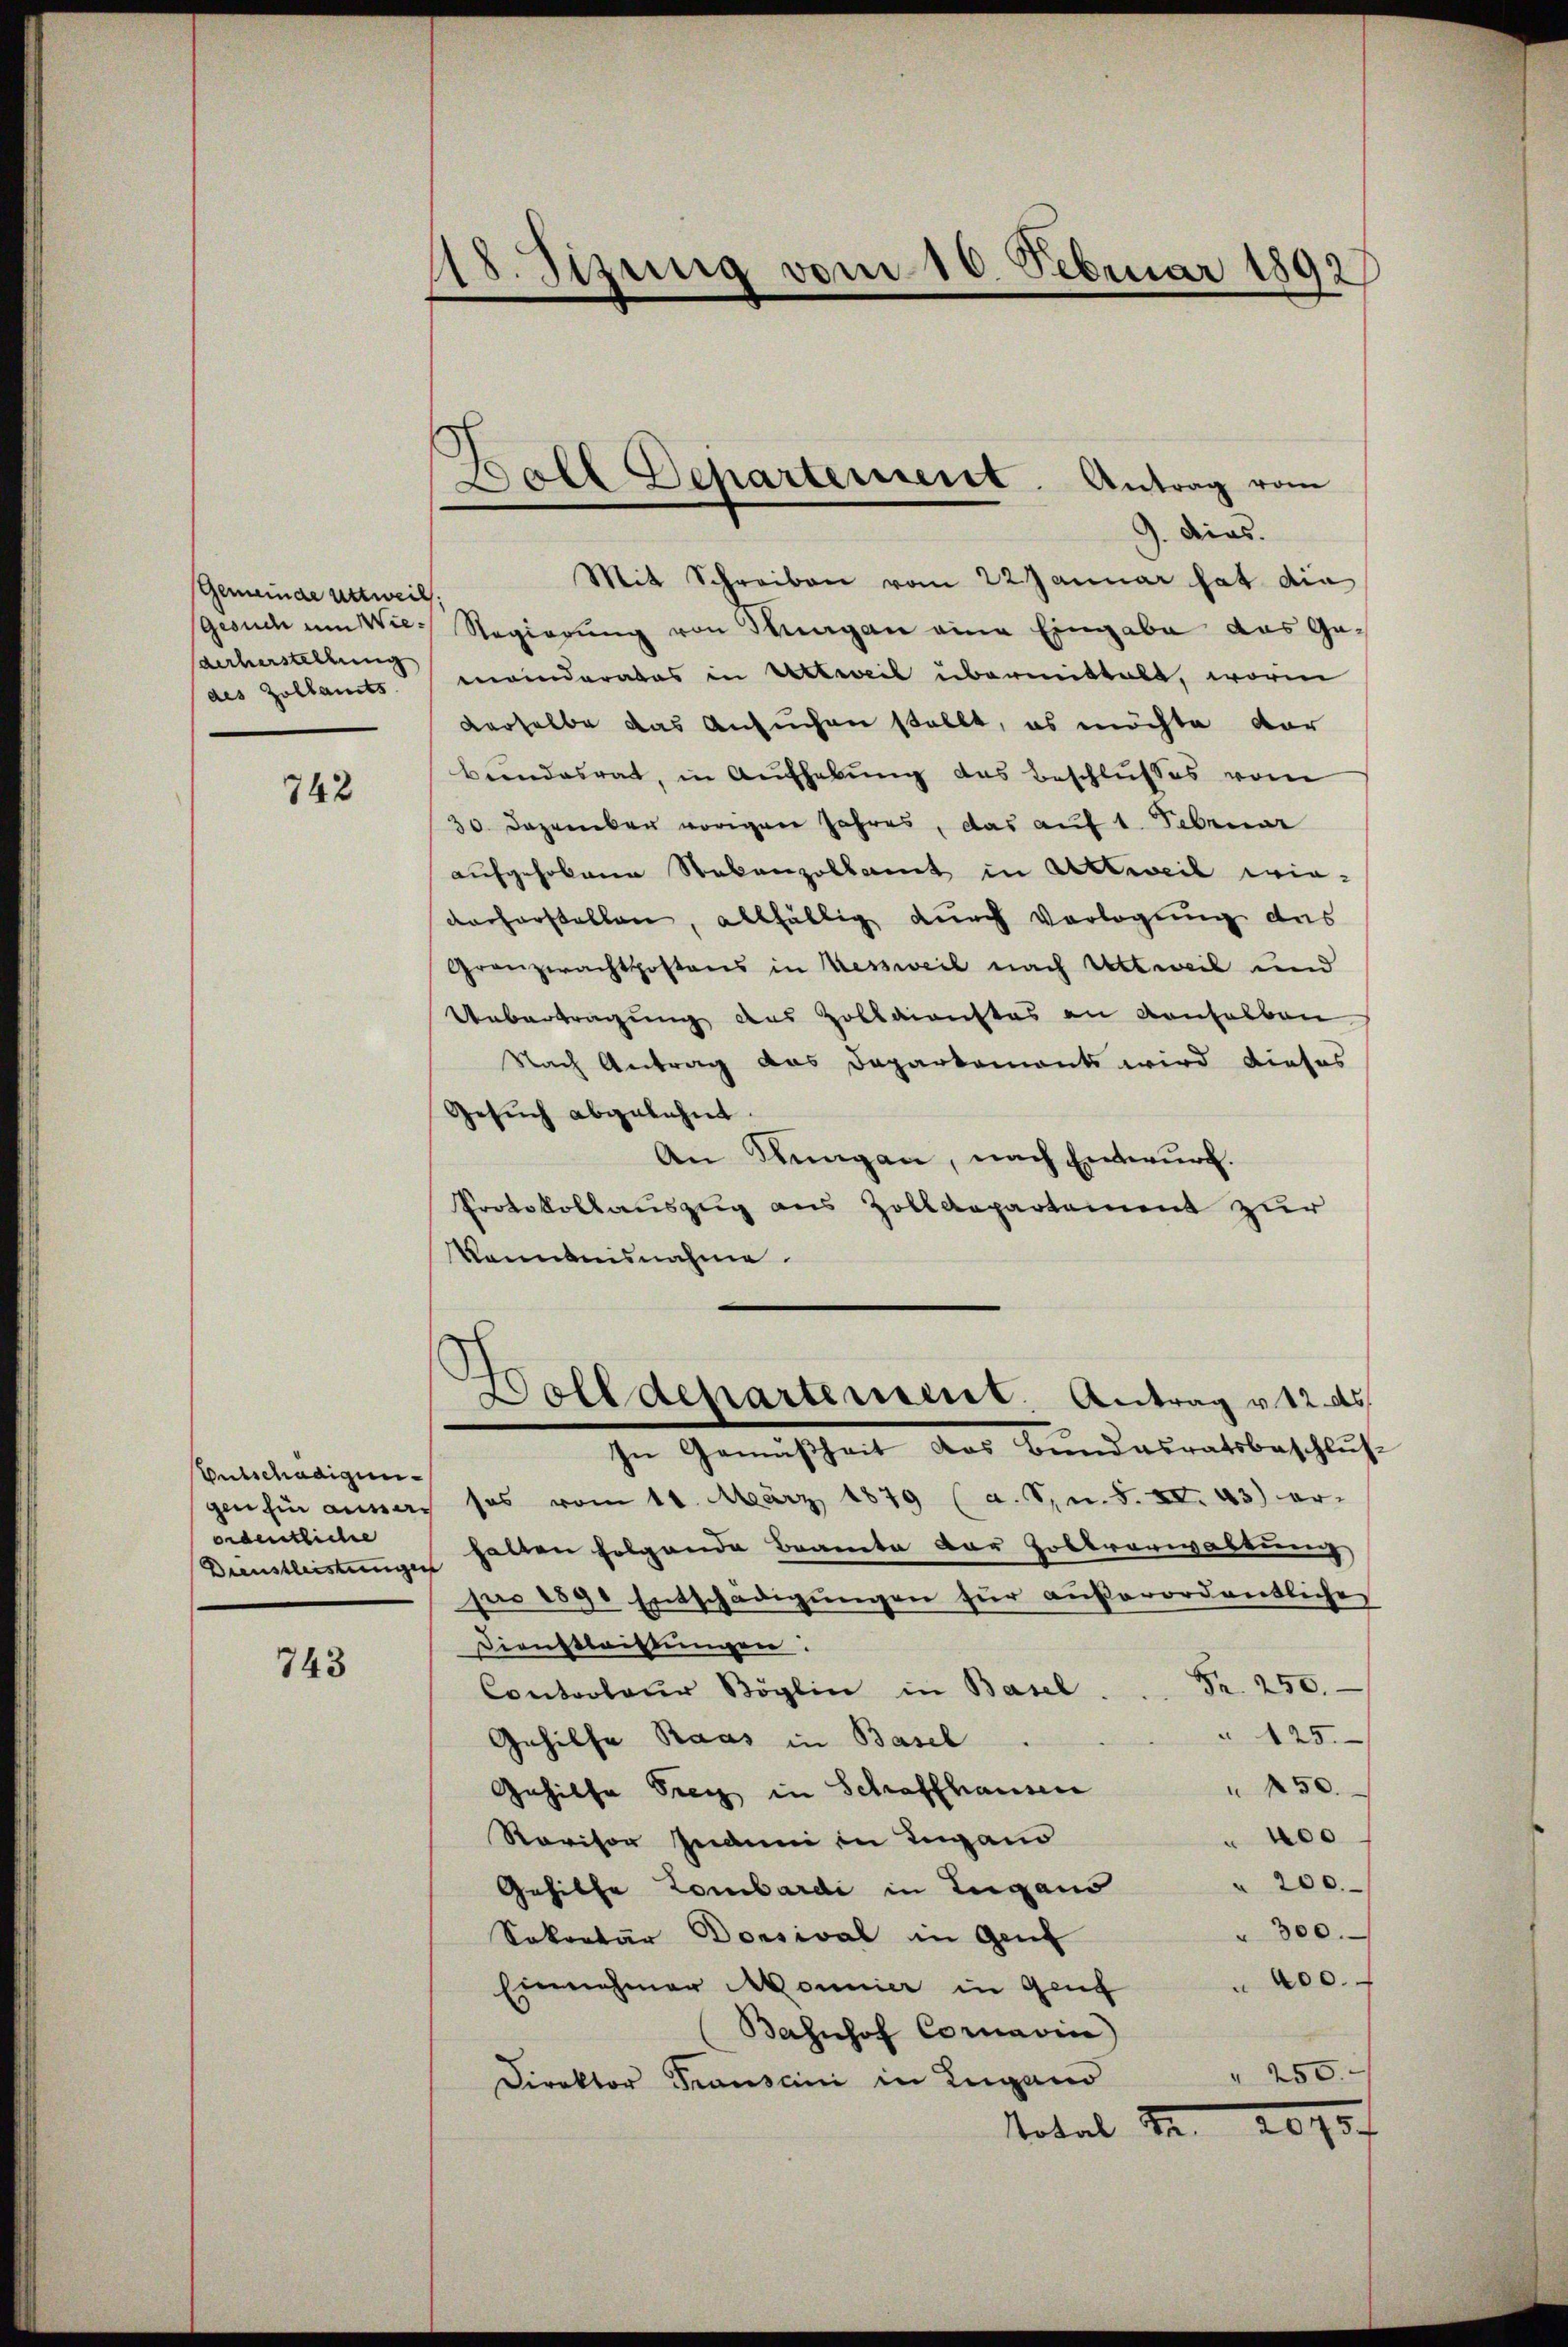
Gemeinde urtweil.
Gesuch um Wiederherstellung
des Zollamts

742

Entschädigung
gin hin annes
ordentliche
Dienstleistungen

743

118. Sizung vom 16. Februar 1892

Ball Departement. Antrag vom

9. Dies.
Mit Schreiben vom 22 Januar hat die
Regierung von Stuagan eine Eingabe das Gemeinderates in Erbteil übermittelt, worin
derselbe das Ansuchen stellt, es möchte dar
Bundesrat, in Aufhebung des Beschlusses vom
30 Dezember vorigen Jahres, das auf 1. Februar
aufgehobene Nebenzollamt in Attweil wievorherstellen, allfällig durch Vorlegung das
Granzwachtpostens in Kessweil nach Urtweil und
Uebertragung des Zolldienstes an Kanhalben
Nach Antrag das Daparkoments wird dieses
Gesuch abgelehnt.
An Rungen, nach Entwurf.
Protokollauszug aus Zolldepartement zur
kanntnisnahme.
Bolldepartement. Antrag v. 12. ds.
In Gemäßheit das Bundesratsbeschluß
ses vom 11. März 1879 (a. S. n. F. XI. 43) er-
halten folgende Beamte der Zollverwaltung
pro 1890 Entschädigŭngen für außerordentliche
Dienstleistungen:
Fr. 250.
Controleur Möglin in Basel
" 125
Gehilfe Raas in Basel.
450.
Gehilfe Frey in Schaffhausen
 400
Ravisor Induni in Lugano
" 200.
Gehilfe Lombardi in Lugano
" 300.
Sekretär Dorsival in Genf
400.
Einnahmer Mönnier in Genf
Bahnhof Cornavin)
" 250.
Direktor Trausani in Lugano
2075
Notal 12